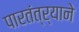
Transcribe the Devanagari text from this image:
पारतंत्र्याने